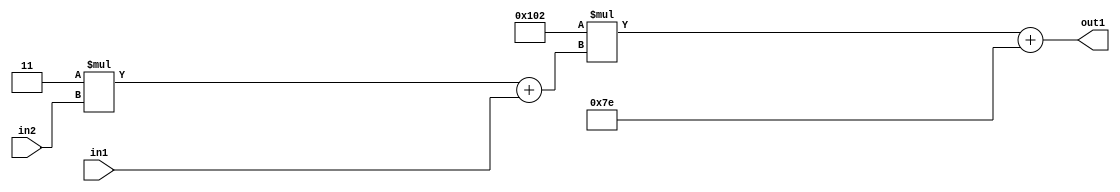
`timescale 1ps / 1ps
/*****************************************************************************
    Verilog RTL Description
    
    
    Created by: Stratus DpOpt 2019.1.01 
*******************************************************************************/

module DC_Filter_Add2i126Mul2i258Add2u1Mul2i3u2_4 (
	in2,
	in1,
	out1
	); /* architecture "behavioural" */ 
input [1:0] in2;
input  in1;
output [11:0] out1;
wire [11:0] asc001;
wire [3:0] asc002;

wire [3:0] asc002_tmp_0;
assign asc002_tmp_0 = 
	+(4'B0011 * in2);
assign asc002 = asc002_tmp_0
	+(in1);

wire [11:0] asc001_tmp_1;
assign asc001_tmp_1 = 
	+(12'B000100000010 * asc002);
assign asc001 = asc001_tmp_1
	+(12'B000001111110);

assign out1 = asc001;
endmodule

/* CADENCE  v7XzTwE= : u9/ySgnWtBlWxVPRXgAZ4Og= ** DO NOT EDIT THIS LINE ******/